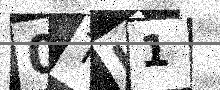
Text: 0TL1